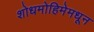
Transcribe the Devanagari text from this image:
शोधमोहिमेमधून